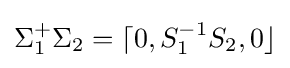
\Sigma _{1}^{+}\Sigma _{2}=\lceil 0,S_{1}^{-1}S_{2},0\rfloor